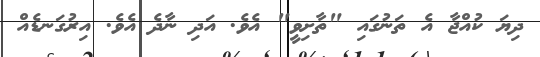
ދިޔަ ކުއްޖާ އެ ތަނުގައި "ތާށިވީ" އެވެ. އަދި ނާދެ އެވެ. އިރުގަނޑެއް